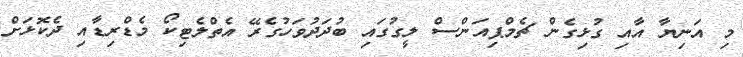
މި އަނިޔާ އާއި ގުޅިގެން ޗެމްޕިއަންސް ލީގުގައި ބުދަދުވަހުގެރޭ އެތްލެޓިކޯ މެޑްރިޑާއި ދެކޮޅަށް